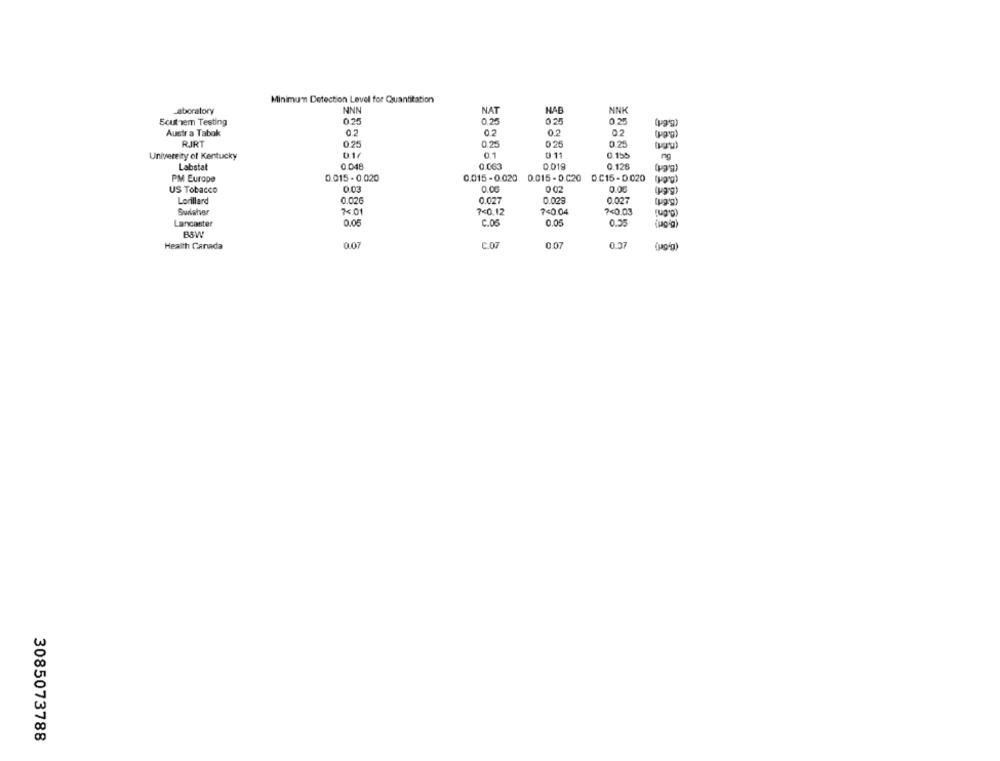
Minimum Detection Level for Quantitation
Laboratory
NNN
NAT
NAB
NNK
Scuthem Testing
0.25
0.25
0.25
Austr a Tabok
0.2
0.2
02
RIRT
0.25
0.25
0.25
0.2
University of Kentucky
01/
01
D 11
0.155
ng
Labstat
0.048
0.063
0019
0.128
PM Europe
0.015 - 0.020
0.015 - 0.020 0.015 - 0.C20 0.C15-0.020
US Tobacco
0.00
Lorillard
0.026
0.027
0 029
0.027
Sulaher
7<01
7<0.12
7<0.04
7<0.03
Lancaster
0.05
C.OS
0.05
0.55
BSW
0.07
Health Canada
C.07
0.07
0.37
3085073788